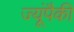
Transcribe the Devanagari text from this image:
ज्यूंपैकी